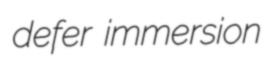
defer immersion